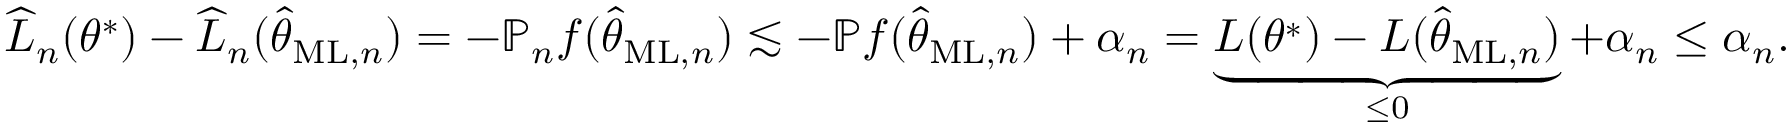
\widehat { L } _ { n } ( \theta ^ { \ast } ) - \widehat { L } _ { n } ( \widehat { \theta } _ { \mathrm { M L } , n } ) = - \mathbb { P } _ { n } f ( \widehat { \theta } _ { \mathrm { M L } , n } ) \lesssim - \mathbb { P } f ( \widehat { \theta } _ { \mathrm { M L } , n } ) + \alpha _ { n } = \underbrace { L ( \theta ^ { \ast } ) - L ( \widehat { \theta } _ { \mathrm { M L } , n } ) } _ { \le 0 } + \alpha _ { n } \le \alpha _ { n } .